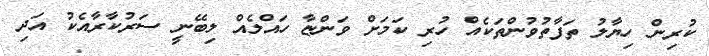
ކުރިން ހިޔާލު ތަފާތުވުންތަކެއް ހުރި ކަމަށް ވަންޏާ ހައްލެއް ލިބޭނީ ސަރުކާރާއެކު އަދި